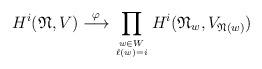
LaTeX: \begin{align*}H^i({{{{\mathfrak N}}}},V)\stackrel{\varphi}{\longrightarrow}\prod_{w\in W\atop \ell(w)=i}H^i({\mathfrak N}_w,V_{{\mathfrak N}(w)})\end{align*}